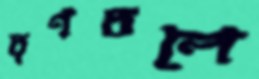
তৃণতলে